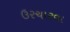
ઉરચારવા